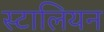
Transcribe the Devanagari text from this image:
स्टालियन